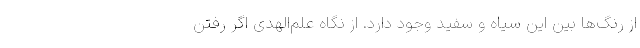
از رنگ‌ها بین این سیاه و سفید وجود دارد. از نگاه علم‌الهدی اگر رفتن